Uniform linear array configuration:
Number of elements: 16
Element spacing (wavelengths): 0.25
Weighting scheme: binomial
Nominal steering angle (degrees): -30
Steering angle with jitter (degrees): -29.278
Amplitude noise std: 0.05
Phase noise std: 0.05

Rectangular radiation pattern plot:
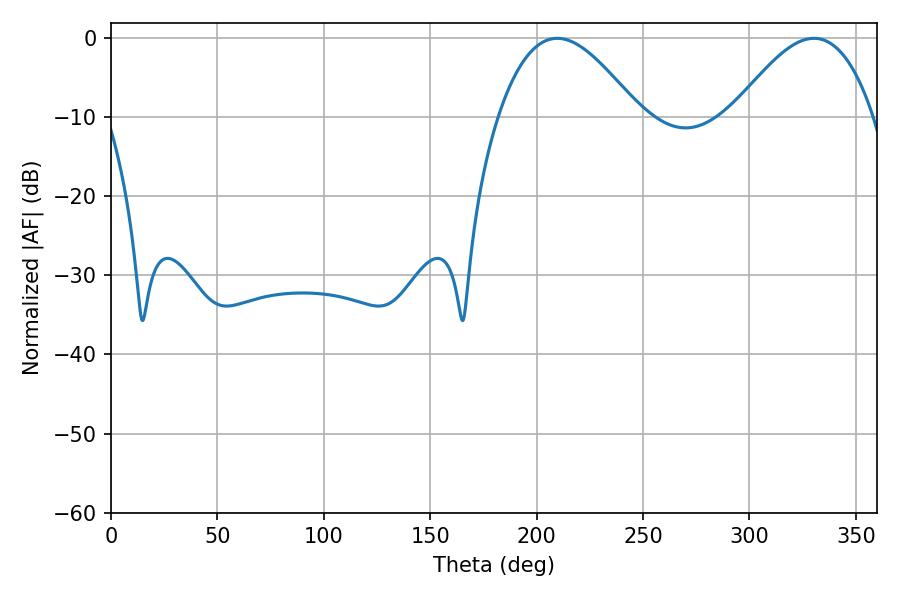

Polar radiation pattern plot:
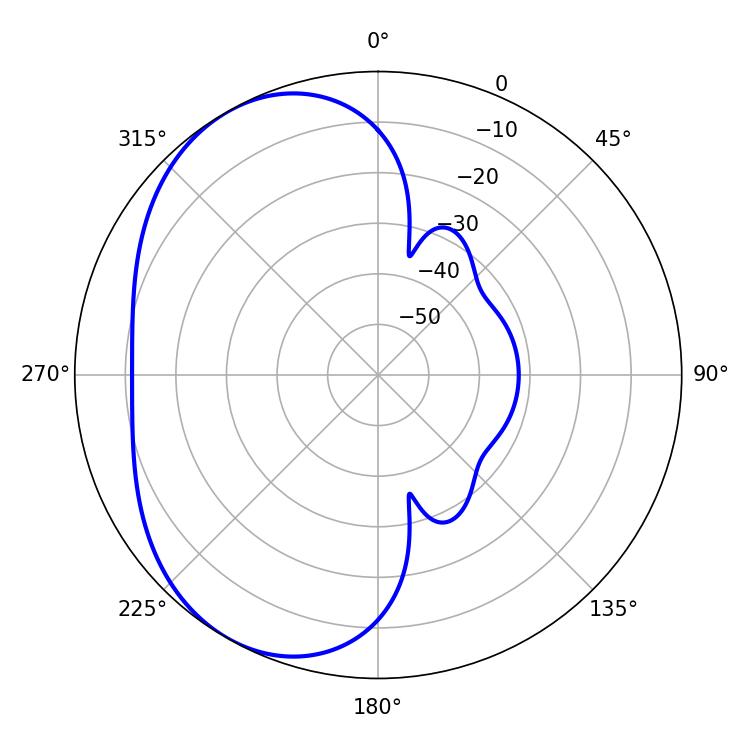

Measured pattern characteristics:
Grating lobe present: FALSE
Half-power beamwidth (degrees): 35.82
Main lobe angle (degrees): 209.7